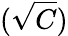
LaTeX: (\sqrt{C})